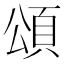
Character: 頌